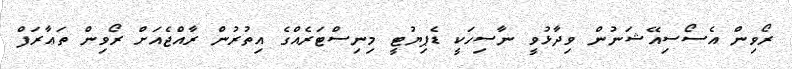
ރޯވިން އެސޯސިއޭޝަނުން ވިދާޅުވީ ނާސިހަކީ ޑެޕިޔުޓީ މިނިސްޓަރެއްގެ އިތުރުން ރާއްޖެއަށް ރޯވިން ތަޢާރަފް